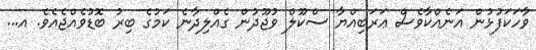
ވާހަކަފުޅުން އަނެއްކާވެސް ޢަރަބިއްޔާ ސްކޫލް ވުޖޫދުން ގެއްލިދާނެ ކަމުގެ ބިރު ބޮޑުވެއްޖެއެވެ. އ...